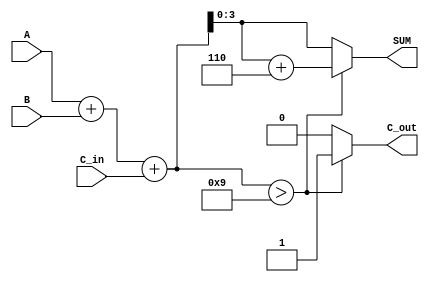
module BCD_Asynchronous_Adder (
    input  [3:0] A,      // 4-bit BCD input A
    input  [3:0] B,      // 4-bit BCD input B
    input        C_in,    // Carry-in
    output reg [3:0] SUM, // 4-bit BCD output SUM
    output reg C_out      // Carry-out
);
    
    wire [4:0] S;         // 5-bit sum (to accommodate carry)
    wire correction_needed; // Flag to check need for BCD correction

    // Binary sum including carry-in
    assign S = A + B + C_in;

    // Condition for BCD correction (if S > 9)
    assign correction_needed = (S > 4'b1001); // or S[4]

    always @(*) begin
        if (correction_needed) begin
            SUM = S + 4'b0110; // Add 6 for correction
            C_out = 1;         // Set carry-out
        end else begin
            SUM = S[3:0];      // No correction, take lower 4 bits
            C_out = 0;         // No carry-out
        end
    end
    
endmodule